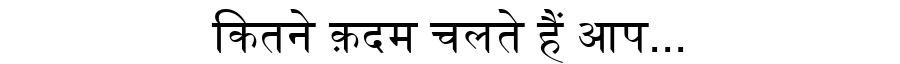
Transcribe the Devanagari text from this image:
कितने क़दम चलते हैं आप...